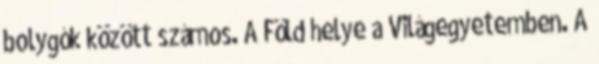
bolygók között számos. A Föld helye a Világegyetemben. A